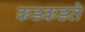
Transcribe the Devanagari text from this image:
कडकडते